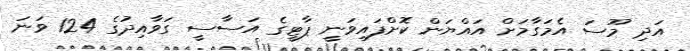
އަދި މޫސަ އެމަގާމަށް އައްޔަން ކޮށްފައިވަނީ ޕާޓީގެ އަސާސީ ގަވާއިދުގެ 124 ވަނަ